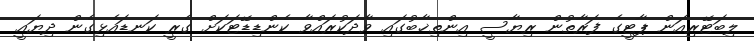
ލިބަޓޭރިއަން ޕާޓީގެ ފަރާތުން ރިޔާސީ އިންތިޚާބުގައި ވާދަކުރައްވާ ކެންޑިޑޭޓަކަށް ގެރީ ކަނޑައެޅިގެން ދިޔައީ